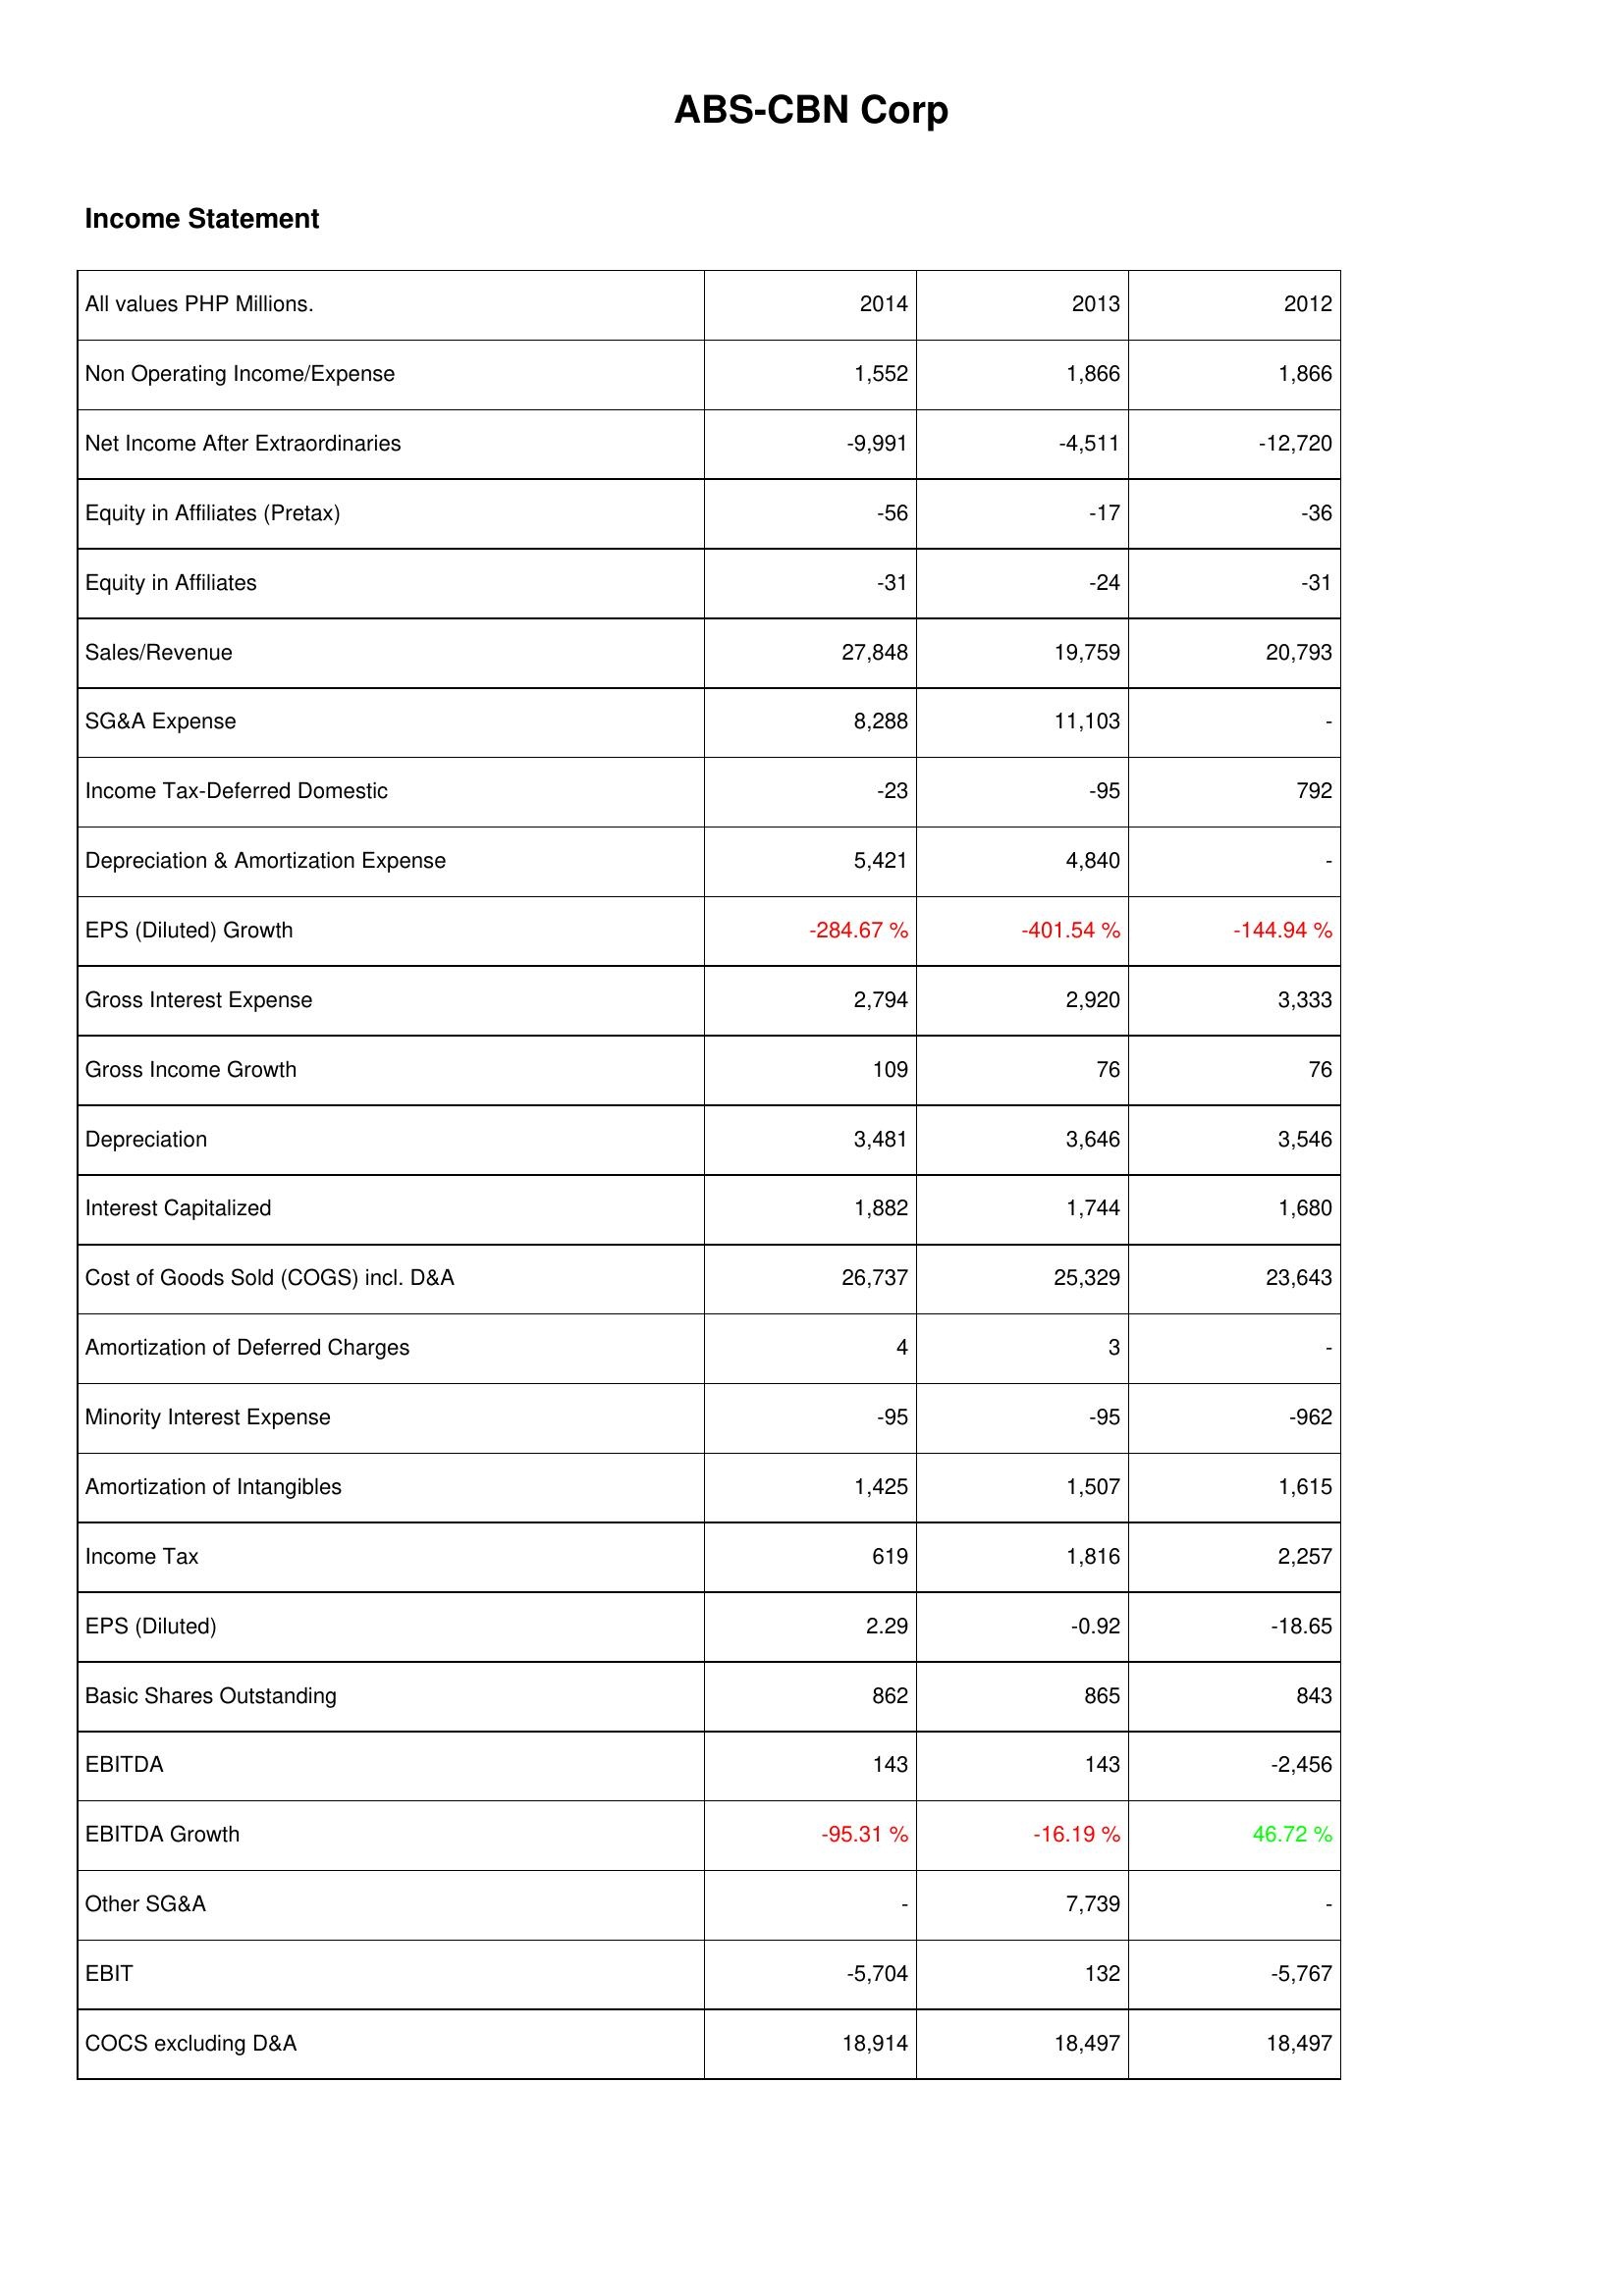
2014: Income Statement: Non Operating Income/Expense: 1,552
Net Income After Extraordinaries: -9,991
Equity in Affiliates (Pretax): -56
Equity in Affiliates: -31
Sales/Revenue: 27,848
SG&A Expense: 8,288
Income Tax-Deferred Domestic: -23
Depreciation & Amortization Expense: 5,421
EPS (Diluted) Growth: -284.67 %
Gross Interest Expense: 2,794
Gross Income Growth: 109
Depreciation: 3,481
Interest Capitalized: 1,882
Cost of Goods Sold (COGS) incl. D&A: 26,737
Amortization of Deferred Charges: 4
Minority Interest Expense: -95
Amortization of Intangibles: 1,425
Income Tax: 619
EPS (Diluted): 2.29
Basic Shares Outstanding: 862
EBITDA: 143
EBITDA Growth: -95.31 %
Other SG&A: -
EBIT: -5,704
COCS excluding D&A: 18,914
2013: Income Statement: Non Operating Income/Expense: 1,866
Net Income After Extraordinaries: -4,511
Equity in Affiliates (Pretax): -17
Equity in Affiliates: -24
Sales/Revenue: 19,759
SG&A Expense: 11,103
Income Tax-Deferred Domestic: -95
Depreciation & Amortization Expense: 4,840
EPS (Diluted) Growth: -401.54 %
Gross Interest Expense: 2,920
Gross Income Growth: 76
Depreciation: 3,646
Interest Capitalized: 1,744
Cost of Goods Sold (COGS) incl. D&A: 25,329
Amortization of Deferred Charges: 3
Minority Interest Expense: -95
Amortization of Intangibles: 1,507
Income Tax: 1,816
EPS (Diluted): -0.92
Basic Shares Outstanding: 865
EBITDA: 143
EBITDA Growth: -16.19 %
Other SG&A: 7,739
EBIT: 132
COCS excluding D&A: 18,497
2012: Income Statement: Non Operating Income/Expense: 1,866
Net Income After Extraordinaries: -12,720
Equity in Affiliates (Pretax): -36
Equity in Affiliates: -31
Sales/Revenue: 20,793
SG&A Expense: -
Income Tax-Deferred Domestic: 792
Depreciation & Amortization Expense: -
EPS (Diluted) Growth: -144.94 %
Gross Interest Expense: 3,333
Gross Income Growth: 76
Depreciation: 3,546
Interest Capitalized: 1,680
Cost of Goods Sold (COGS) incl. D&A: 23,643
Amortization of Deferred Charges: -
Minority Interest Expense: -962
Amortization of Intangibles: 1,615
Income Tax: 2,257
EPS (Diluted): -18.65
Basic Shares Outstanding: 843
EBITDA: -2,456
EBITDA Growth: 46.72 %
Other SG&A: -
EBIT: -5,767
COCS excluding D&A: 18,497